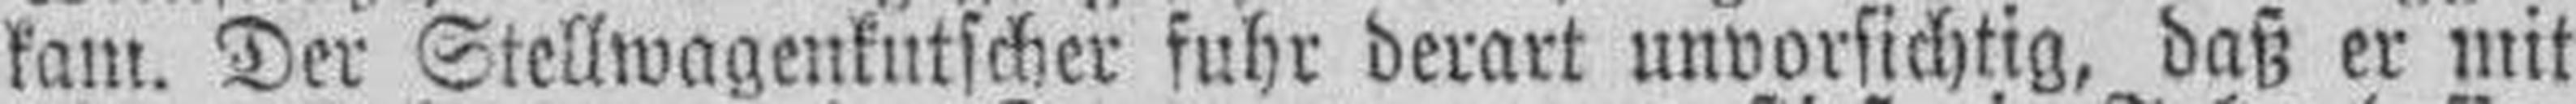
kam. Der Stellwagenkutscher fuhr derart unvorsichtig, daß er mit